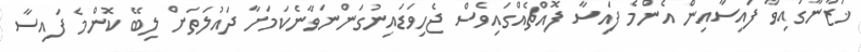
ޚަޒާނާގައިވާ ފައިސާއިން އެންމެ ފައިސާ ފޮއްޗެއްގައިވެސް ޖެހިވަޑައިނުގަންނަވާނެކަމަށާ ދައުލަތަށް ލިބޭ ކޮންމެ ފައިސާ